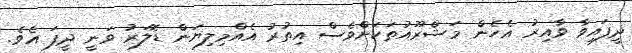
ދީފައިވާ ވާއިރު އެހެން މަޝްރޫއުތަކަށްވެސް އިތުރު އެއްމިލިޔަން ޑޮލަރު ވަނީ ދީފަ އެވެ.